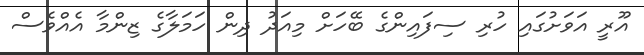
އޫރީ އަވަށުގައި ހުރި ސިފައިންގެ ބޭހަށް މިއަދު ދިން ހަމަލާގެ ޒިންމާ އެއްވެސް